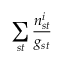
\sum _ { s t } \frac { n _ { s t } ^ { i } } { g _ { s t } }